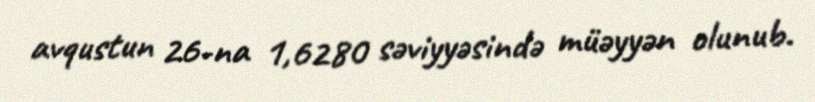
avqustun 26-na 1,6280 səviyyəsində müəyyən olunub.